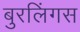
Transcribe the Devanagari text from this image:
बुरलिंगस